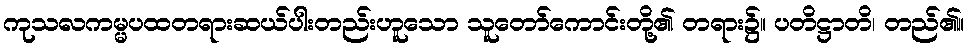
ကုသလကမ္မပထတရားဆယ်ပါးတည်းဟူသော သူတော်ကောင်းတို့၏ တရား၌။ ပတိဋ္ဌာတိ၊ တည်၏။